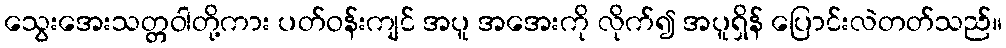
သွေးအေးသတ္တဝါတို့ကား ပတ်ဝန်းကျင် အပူ အအေးကို လိုက်၍ အပူရှိန် ပြောင်းလဲတတ်သည်။